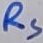
Text: RS